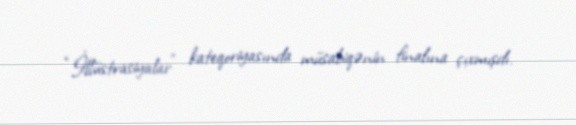
“İllüstrasiyalar” kateqoriyasında müsabiqənin finalına çıxmışdı.